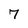
Character: 7